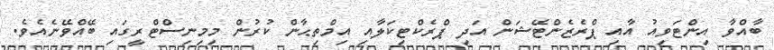
ބާއްވާ އިންޓަވިއު އާއި ޕްރެޒެންޓޭޝަން އަދި ޕްރެކްޓިކަލާއި އިމްތިޙާން ކުރުން މިމިނިސްޓްރީގައި ބޭއްވޭނެއެވެ.